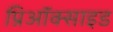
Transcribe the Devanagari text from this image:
प्रिऑक्साइड